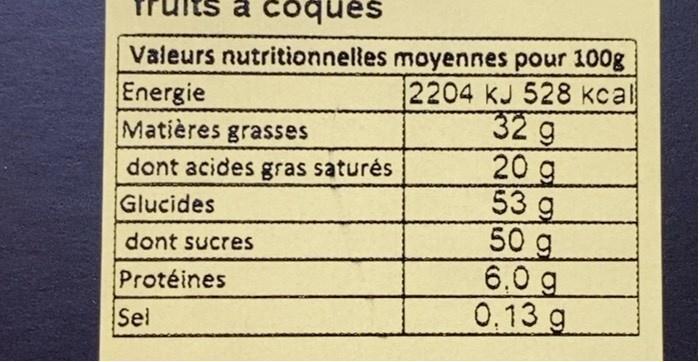
a
a coques
Valeurs nutritionnelles moyennes pour 100g 2204 kJ 528 kcal 32 g 20 g 53 g 50 요 6.0 g 0,13 g
Energie Matières grasses
dont acides gras saturés
Glucides
dont sucres
Protéines
Sel